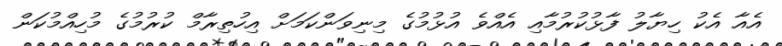
އެއާ އެކު ހިޔާލު ފާޅުކުރުމާއި އެއްވެ އުޅުމުގެ މިނިވަންކަމަށް އިހުތިރާމް ކުރުމުގެ މުހިއްމުކަން